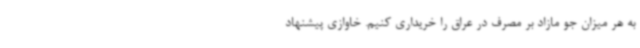
به هر میزان جو مازاد بر مصرف در عراق را خریداری کنیم. خاوازی پیشنهاد